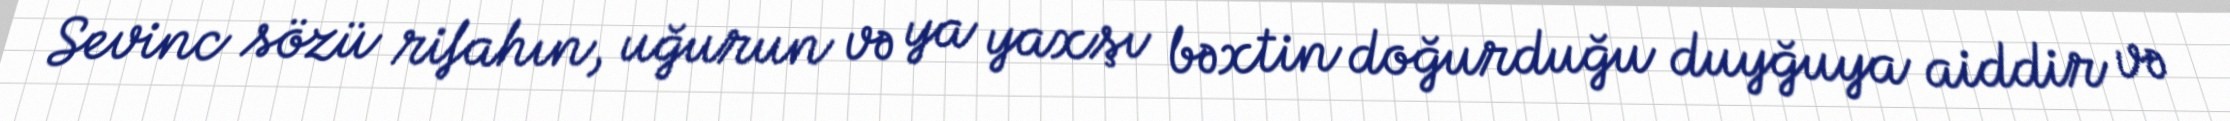
Sevinc sözü rifahın, uğurun və ya yaxşı bəxtin doğurduğu duyğuya aiddir və